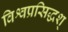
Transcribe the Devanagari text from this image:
विश्वप्रसिद्धश्